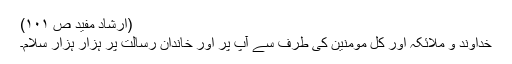
(ارشاد مفید ص ۱۰۱)
خداوند و ملائکہ اور کل مومنین کی طرف سے آپ پر اور خاندانِ رسالت پر ہزار ہزار سلام۔